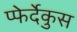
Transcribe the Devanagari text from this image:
प्फेर्देकुस